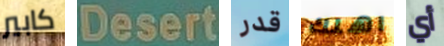
كابير Desert قدر اهلك أي